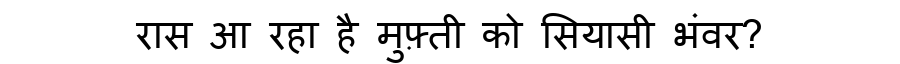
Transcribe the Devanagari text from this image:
रास आ रहा है मुफ़्ती को सियासी भंवर?